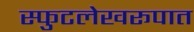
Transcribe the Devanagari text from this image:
स्फुटलेखरूपात